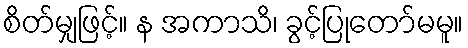
စိတ်မျှဖြင့်။ န အကာသိ၊ ခွင့်ပြုတော်မမူ။